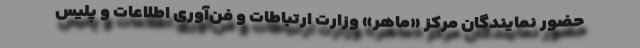
حضور نمایندگان مرکز «ماهر» وزارت ارتباطات و فن‌آوری اطلاعات و پلیس